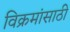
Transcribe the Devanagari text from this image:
विक्रमांसाठी